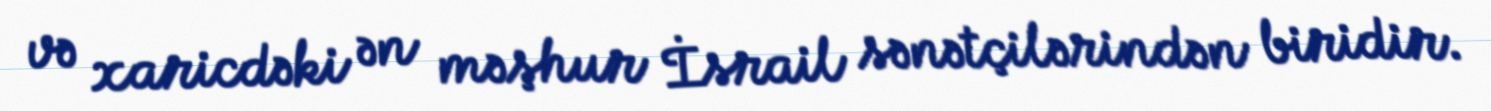
və xaricdəki ən məşhur İsrail sənətçilərindən biridir.